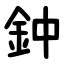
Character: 鈡